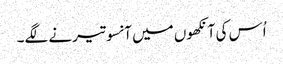
اُس کی آنکھوں میں آنسو تیرنے لگے۔